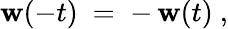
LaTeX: \mathbf{w}(-t)~=\; -\, \mathbf{w}(t)~,